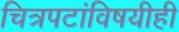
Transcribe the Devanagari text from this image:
चित्रपटांविषयीही